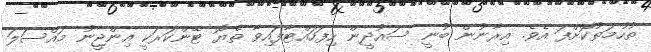
ތުހުމަތުކޮށްފަ އެވެ. އިރާނުން ބުނީ ސައުދީން ހިފަހައްޓާފައިވާ ތެޔޮ ޓޭންކަރަކީ އިންޖީނު މައްސަލަ